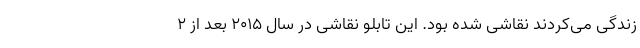
زندگی می‌کردند نقاشی شده بود. این تابلو نقاشی در سال ۲۰۱۵ بعد از ۲